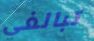
تبالغي